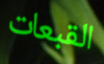
القبعات